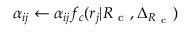
\alpha _ { i j } \leftarrow \alpha _ { i j } f _ { c } ( r _ { j } | { R _ { \mathrm { ~ c ~ } } } , \Delta _ { { R _ { \mathrm { ~ c ~ } } } } )